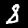
Label: 8